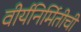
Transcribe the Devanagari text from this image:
वीर्यनिर्मितीची